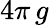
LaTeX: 4\pi\, g